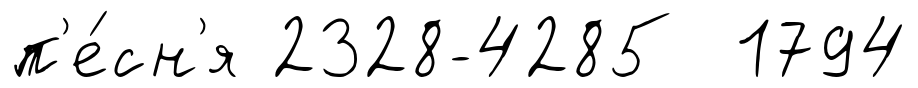
п'е́сн'я 2328-4285 1794